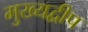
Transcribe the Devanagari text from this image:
मुख्यद्वीप